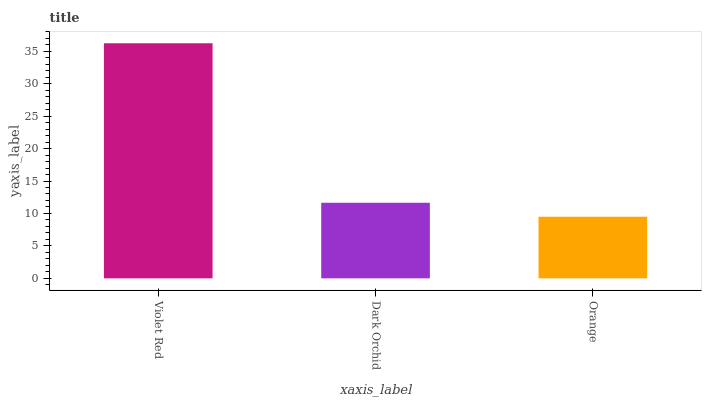
| xaxis_label | bars |
 | --- | --- |
 | Violet Red | 36.2 |
 | Dark Orchid | 11.6 |
 | Orange | 9.49 |